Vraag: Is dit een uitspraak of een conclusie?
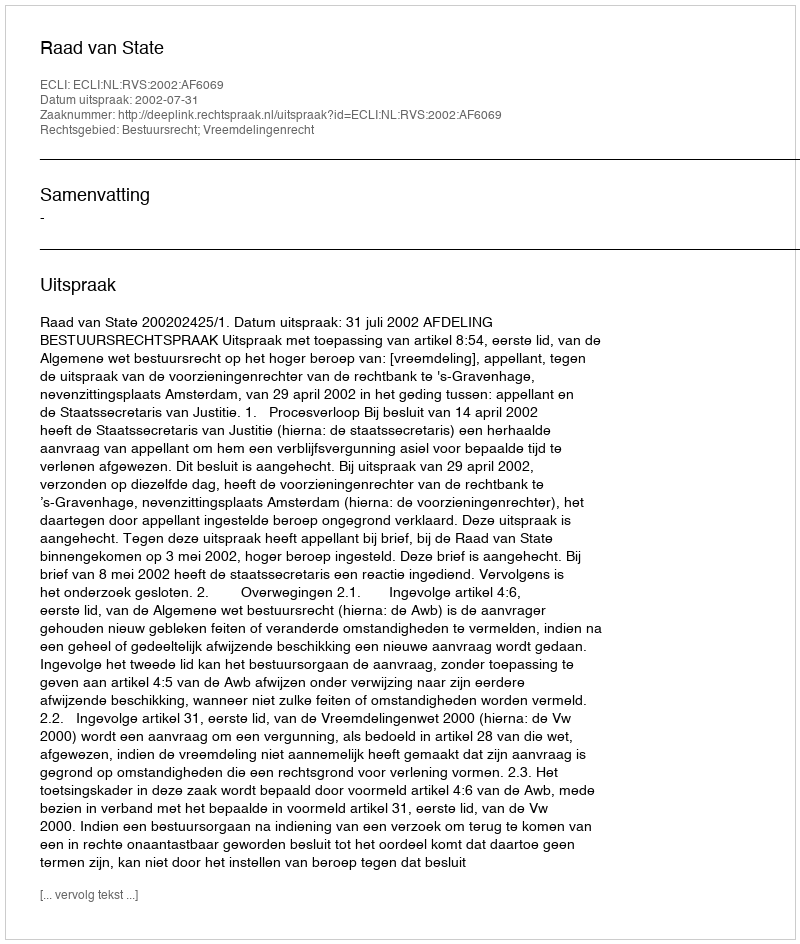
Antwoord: Uitspraak